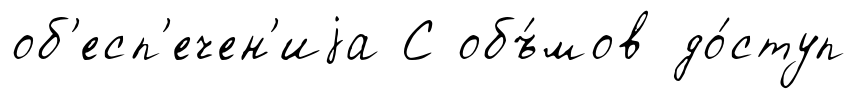
об'есп'ечен'иjа С объ́мов до́ступ